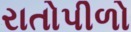
રાતોપીળો